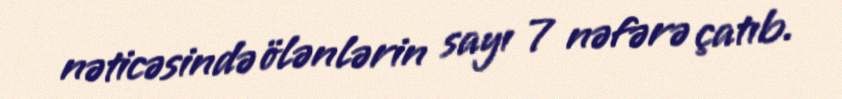
nəticəsində ölənlərin sayı 7 nəfərə çatıb.